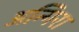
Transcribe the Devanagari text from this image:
अन्गिरा